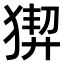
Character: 𤟻